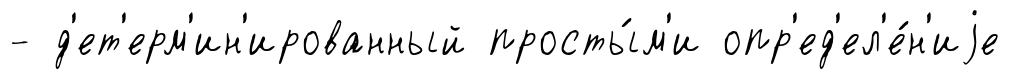
- д'ет'ерм'ин'ированный просты́м'и опр'ед'ел'е́н'иjе